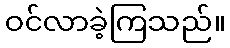
ဝင်လာခဲ့ကြသည်။